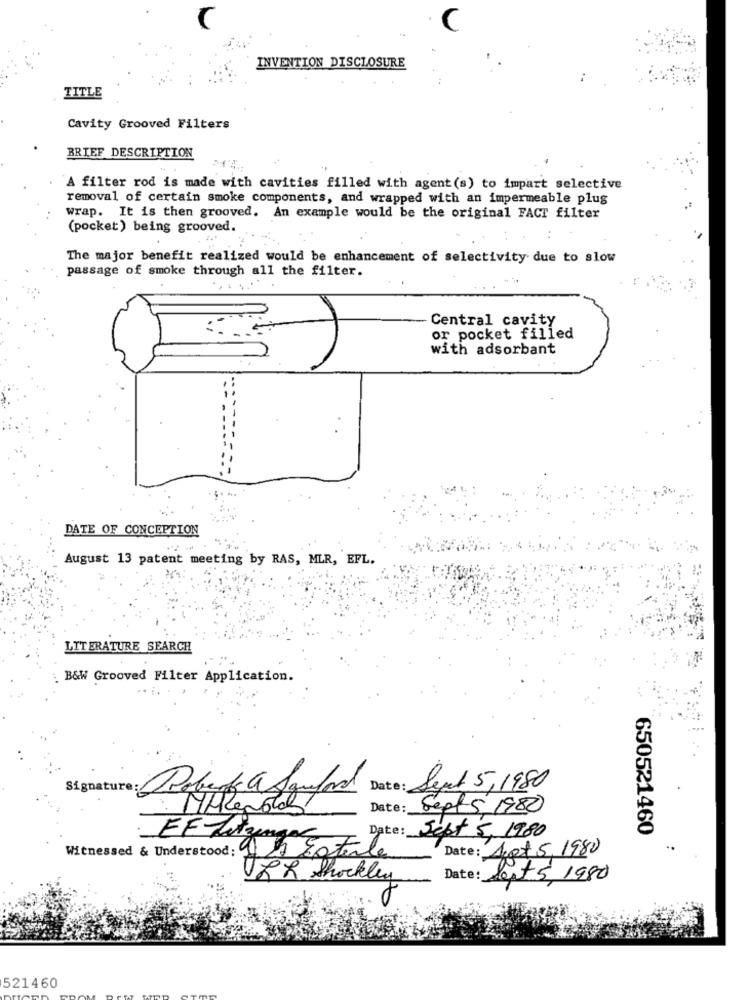
C
INVENTION DISCLOSURE
TITLE
Cavity Grooved Filters
BRIEF DESCRIPTION
A filter rod is made with cavities filled with agent(s) to impart selective
removal of certain smoke components, and wrapped with an impermeable plug
wrap. It is then grooved. An example would be the original FACT filter
(pocket) being grooved.
The major benefit realized would be enhancement of selectivity due to slow
passage of smoke through all the filter.
Central cavity
or pocket filled
with adsorbant
DATE OF CONCEPTION
August 13 patent meeting by RAS, MLR, EFL.
LITERATURE SEARCH
B&W Grooved Filter Application.
Signature: QPolenta a Sanford
Date: Sept 5,1980
: Mikegotas
Date: Septs 1980
650521460
Witnessed & Understood: 97 Date : Sept 5, 1980
Date : Apt 5,1980
LR Shockley
Date: lapt 5, 1980
521460